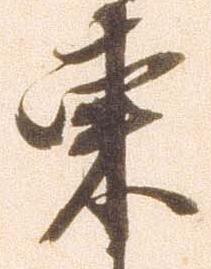
東